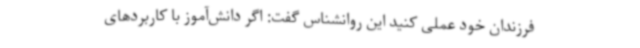
فرزندان خود عملی کنید این روانشناس گفت: اگر دانش‌آموز با کاربردهای